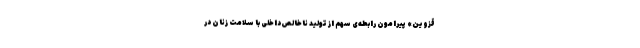
قزوین» پیرامون رابطه‌‌‌ی سهم از تولید ناخالص داخلی با سلامت زنان در